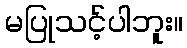
မပြုသင့်ပါဘူး။